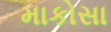
માકોસા